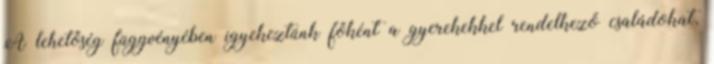
A lehetőség függvényében igyekeztünk főként a gyerekekkel rendelkező családokat,